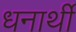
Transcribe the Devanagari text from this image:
धनार्थी